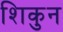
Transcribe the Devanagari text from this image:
शिकुन